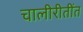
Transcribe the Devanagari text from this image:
चालीरीतींत